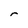
Character: r